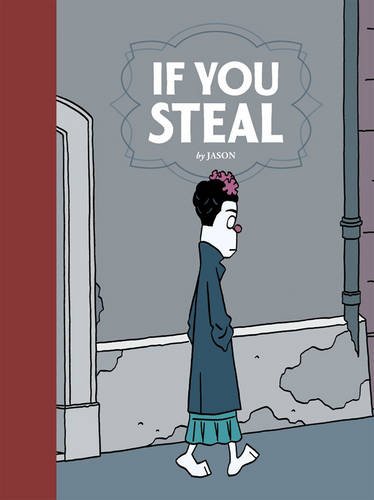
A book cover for If You Steal; Jason; Comics & Graphic Novels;